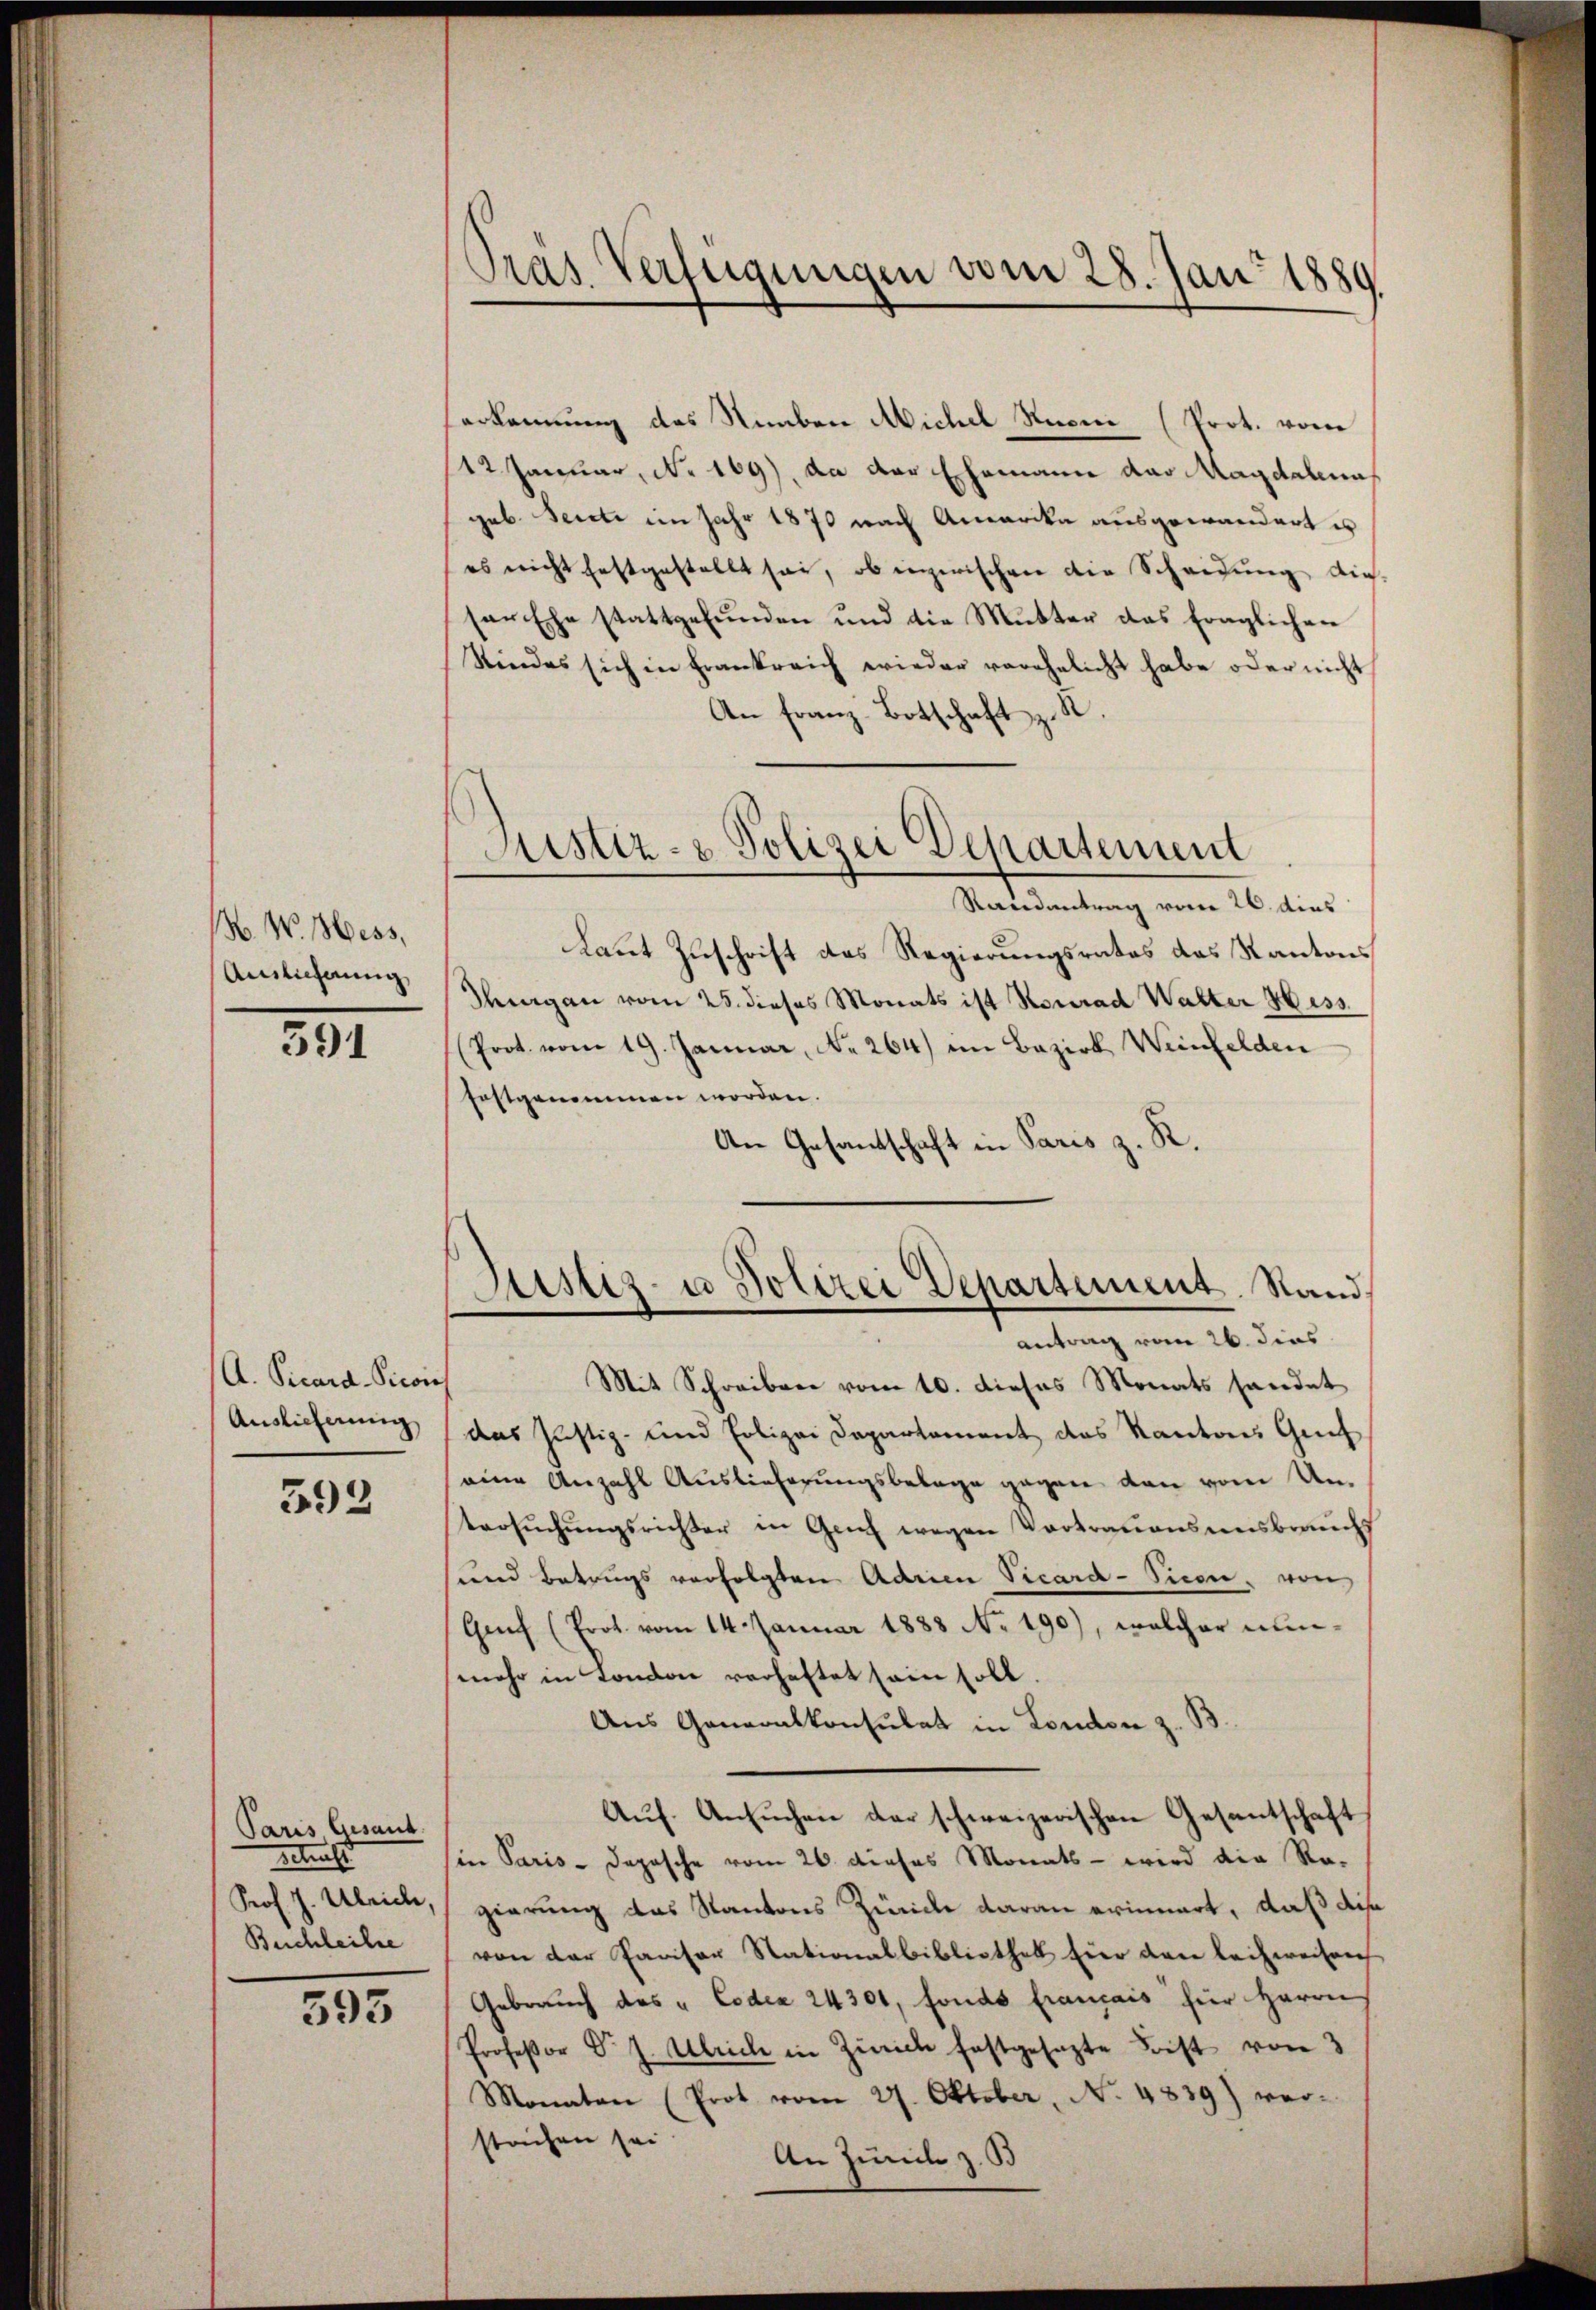
N. W. Hess,
Auslicherung,

591

A. Vicard-Vicon
Auslieferung

593

Paris Gesant.
Retracht
Prof. J. Ulrich,
Buchleihe

593

Tras Verfügungen vom 28. Jan. 1889

erkennung des Neben Michel Ruoni (Prot. von
12 Januar, No 169), da der Ehemann das Magdalena
geb. Seite im Jahr 1870 nach Amerika ausgewandert es
es nicht festgestellt sei, ob inzwischen die Scheidung die
ser Ehe stattgefunden und die Mutter das fraglichen
Riedes sich in Frankreich wieder vorehelicht habe oder nicht
An Franz-Botschaft z. R.
Laut Zuschrift des Regierungsrates des Kantons
Thurgau vom 25. dieses Monats ist Konrad Walter 46 ess.
Prot. vom 19. Januar, No. 264) im Bezirk Weinfelden
festgenommen worden.
An Gesandtschaft in Paris z. R.
Justiz- u Polizei Departement. Stand.
antrag vom 26. dies
Mit Schreiben vom 10. dieses Monats handet
das Justiz- und Polizei Departement das Kantons Genf
eine Anzahl Auslieferungsbelage gegen den vom Untersŭchŭngsrichter in Genf wegen Vortrauenseesbrauchs
und Betrugs verfolgten Adrien Vicard-Picon von
Genf (Prot. vom 14. Januar 1888 No 190), welcher nunmehr in London verhaftet sein soll.
Aus Generalkonsulat in London z. B.
Auf. Ansuchen der schweizerischen Gesantschaft
in Paris - Dopasche vom 26. dieses Monats - wird die Ro-
gierung das Kantons Zürich daran erinnert, daß die
von der Pavisor Stationalbibliothek Eier den leihweisen
Gebrauch des " Codex 24301, fonds Eramais für Herrn
Professor Dr. J. Ulrich in Zürich festgesezte Frist von 3
Monaten (Prot vom 27. Oktober, N. 4839) vorstachen sei
An Junit z. B

Justiz- & Polizei Departement
Randantrag vom 26. dies